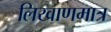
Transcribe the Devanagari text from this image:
लिखाणमात्र